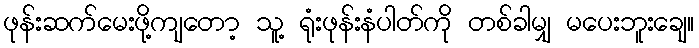
ဖုန်းဆက်မေးဖို့ကျတော့ သူ့ ရုံးဖုန်းနံပါတ်ကို တစ်ခါမျှ မပေးဘူးချေ။